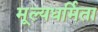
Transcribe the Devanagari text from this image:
मूल्यधर्मिता